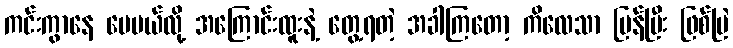
ကင်းကွာနေ ပေမယ်လို့ အကြောင်းထူးနဲ့ တွေ့ရတဲ့ အခါကြတော့ ကိလေသာ ပြန်ပြီး ဖြစ်မြဲ